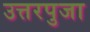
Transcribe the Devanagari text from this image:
उत्तरपुजा